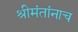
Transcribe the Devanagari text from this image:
श्रीमंतांनाच